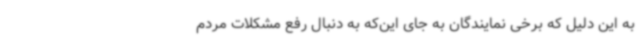
به این دلیل که برخی نمایندگان به جای این‌که به دنبال رفع مشکلات مردم